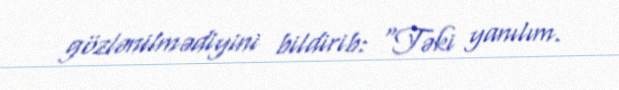
gözlənilmədiyini bildirib: “Təki yanılım.